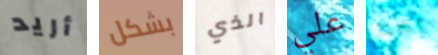
أريد بشكل الذي علي بهذا